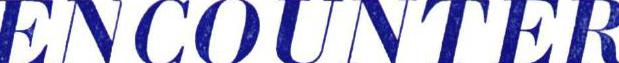
ENCOUNTER